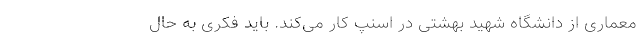
معماری از دانشگاه شهید بهشتی در اسنپ کار می‌کند. باید فکری به حال